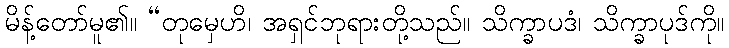
မိန့်တော်မူ၏။ “တုမှေဟိ၊ အရှင်ဘုရားတို့သည်။ သိက္ခာပဒံ၊ သိက္ခာပုဒ်ကို။